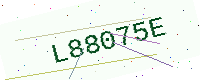
Text: L88075E